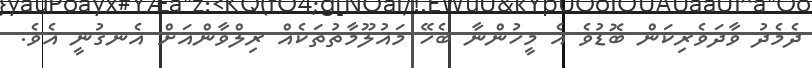
ދެމެދު ވާދަވެރިކަން ބޮޑުވެ އެ މީހުންނާ ބެހޭ މައުލޫމާތުތަކެއް ރިލްވާންއަށް އެނގުނީ އެވެ.